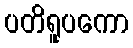
ပတိရူပကော